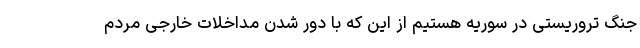
جنگ تروریستی در سوریه هستیم از این که با دور شدن مداخلات خارجی مردم